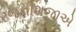
રજનીશજીએ